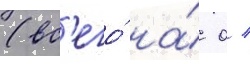
(вс'его́ на́ 0 /